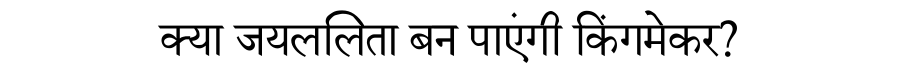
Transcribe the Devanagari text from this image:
क्या जयललिता बन पाएंगी किंगमेकर?